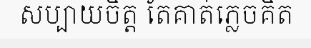
សប្បាយចិត្ត តែគាត់ភ្លេចគិត